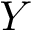
Y